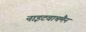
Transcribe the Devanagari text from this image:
नाइटवाचमैन